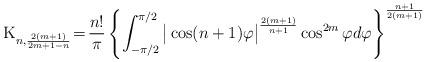
LaTeX: \begin{align*} {\rm K}_{n, {2(m+1)\over 2m+1-n} }\!=\!{n! \over \pi}\left \{ \int_{-\pi/2}^{\pi/2}\big |\cos (n+1)\varphi \big |^{2(m+1) \over n+1} \cos^{2m}\varphi d\varphi \right \} ^{n+1 \over 2(m+1)}\end{align*}